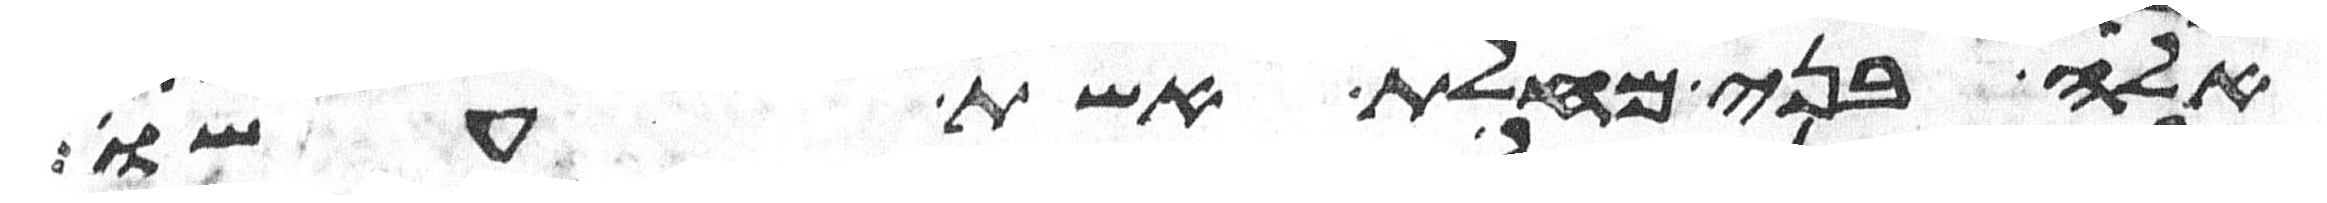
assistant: אלה בני מחלת אשת עשו